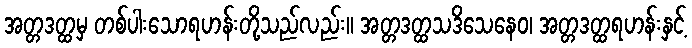
အတ္တဒတ္ထမှ တစ်ပါးသောရဟန်းတို့သည်လည်း။ အတ္တဒတ္ထသဒိသေနေဝ၊ အတ္တဒတ္ထရဟန်းနှင့်